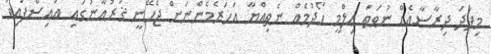
މިފަދަ ދިރާސާއެއް ނުވަތަ ޢިލްމީ ހޯދުމެއް ނެތިއްޔާ އަހަރެމެންނަށް ޖެހޭނީ ޤުރުއާނުގައި އައިސްފައިވަ